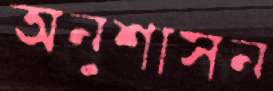
অনুশাসন